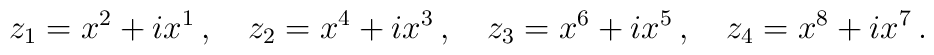
z_1=x^2+ix^1\,,\quad z_2=x^4+ix^3\,,\quad z_3=x^6+ix^5\,,\quad z_4=x^8+ix^7\,.